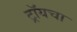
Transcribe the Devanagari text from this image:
ट्रॉयचा